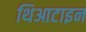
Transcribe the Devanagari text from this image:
थिआटाइन